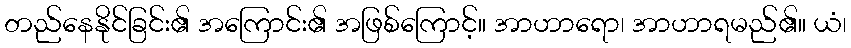
တည်နေနိုင်ခြင်း၏ အကြောင်း၏ အဖြစ်ကြောင့်။ အာဟာရော၊ အာဟာရမည်၏။ ယံ၊